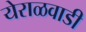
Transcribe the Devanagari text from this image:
येराळवाडी